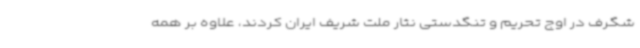
شگرف در اوج تحریم و تنگدستی نثار ملت شریف ایران کردند، علاوه بر همه